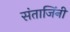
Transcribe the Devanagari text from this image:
संताजिंनी